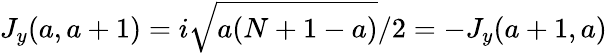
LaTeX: J_{y}(a,a+1)=i\sqrt{a(N+1-a)}/2=-J_{y}(a+1,a)